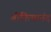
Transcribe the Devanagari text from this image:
श्रीनित्यानंद